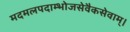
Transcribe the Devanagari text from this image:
मदमलपदाम्भोजसेवैकसेवाम्।